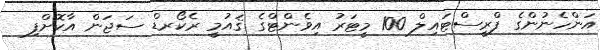
އަންހެނުންގެ ފްރީސްޓައިލް 100 މީޓަރު އިވެންޓްގެ ޤައުމީ ރެކޯރޑް ސަޖަން އާކޮށްފި